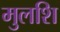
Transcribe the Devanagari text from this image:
मुलशि